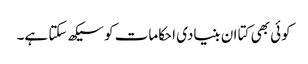
کوئی بھی کتا ان بنیادی احکامات کو سیکھ سکتا ہے۔